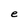
Character: e